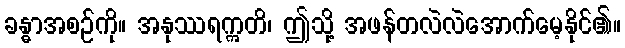
ခန္ဓာအစဉ်ကို။ အနုဿရဣတိ၊ ဤသို့ အဖန်တလဲလဲအောက်မေ့နိုင်၏။